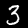
Digit: 3